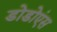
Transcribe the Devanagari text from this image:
डोडोएंस